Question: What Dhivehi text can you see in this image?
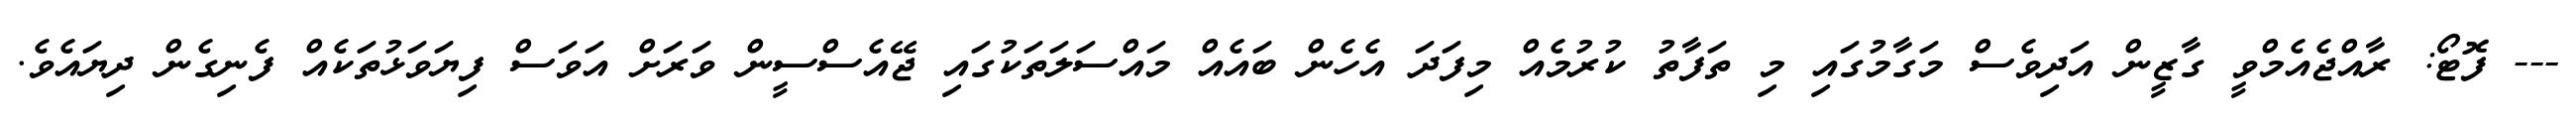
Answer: --- ފޮޓޯ: ރާއްޖެއެމްވީ ގާޒީން އަދިވެސް މަގާމުގައި މި ތަފާތު ކުރުމެއް މިފަދަ އެހެން ބައެއް މައްސަލަތަކުގައި ޖޭއެސްސީން ވަރަށް އަވަސް ފިޔަވަޅުތަކެއް ފެނިގެން ދިޔައެވެ.